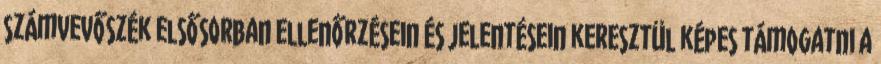
számvevőszék elsősorban ellenőrzésein és jelentésein keresztül képes támogatni a